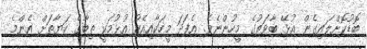
ބޮޑުކޮށްލައިގެން އުޅޭ ބާވަތުގެ މީހުންނެވެ. އެފަދަ މީހަކާއިއެކު އުޅުމަކީ ތިބާގެ ހަޔާތަށް އެންމެ